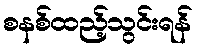
စနစ်ထည့်သွင်းရန်